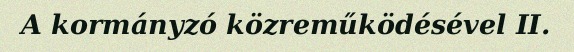
A kormányzó közreműködésével II.